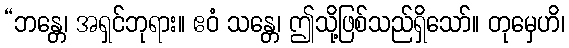
“ဘန္တေ၊ အရှင်ဘုရား။ ဧဝံ သန္တေ၊ ဤသို့ဖြစ်သည်ရှိသော်။ တုမှေဟိ၊